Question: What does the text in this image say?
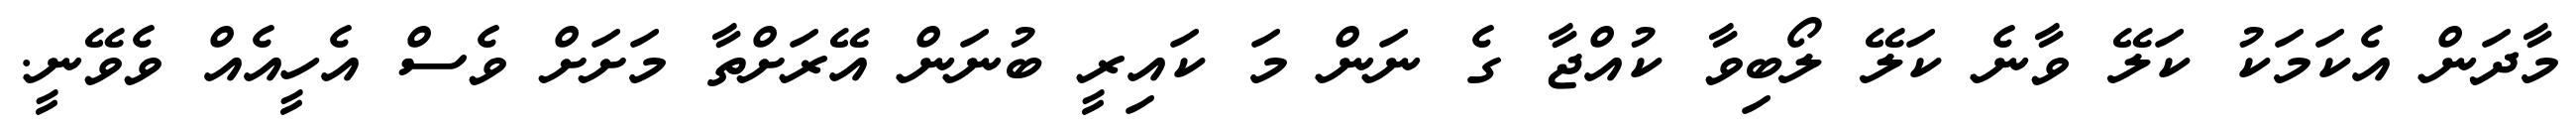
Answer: މާދަން އެކަމަކު ކަލޭ ވާނެ ކަލޭ ލޯބިވާ ކުއްޖާ ގެ ނަން މަ ކައިރީ ބުނަން އޭރަށްތާ މަށަށް ވެސް އެހީއެއް ވެވޭނީ.